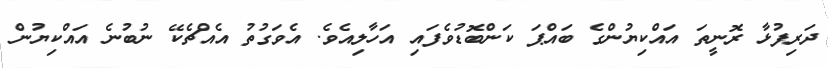
ދަރިފުޅާ ރޮނީތަ އައްކިޔުންގެ ބައްޕަ ކަންބޮޑުވެފައި އަހާލިއެވެ. އެވަގުތު އެއްޗެކޭ ނުބުނެ އައްކިޔުން